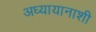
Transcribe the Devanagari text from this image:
अध्यायानाशी